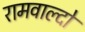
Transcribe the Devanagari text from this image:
रामवाल्दो